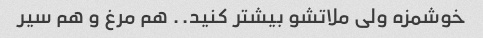
خوشمزه ولی ملاتشو بیشتر کنید.. هم مرغ و هم سیر